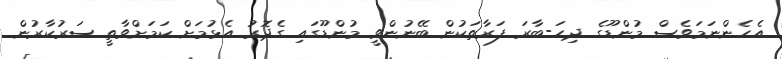
އެހެންނަމަވެސް މުންޑޫގެ ދިހަ-ބާރަ ފަރާތަކުން ބޭނުންވީ މުންޑޫގައި ގެދޮރު އެޅުމަށް ކަމަށްވާތީ ސަރުކާރުން